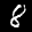
Label: 8